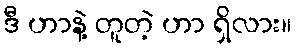
ဒီ ဟာနဲ့ တူတဲ့ ဟာ ရှိလား။